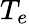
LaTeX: T_{e}